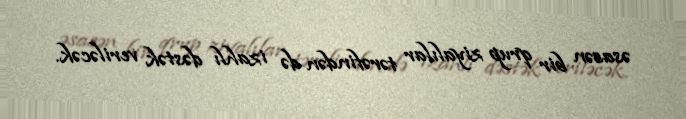
əsasən bir qrup ziyalılar tərəfindən də izahlı dəstək veriləcək.